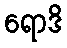
ရောဒိ